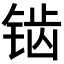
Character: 𬭔